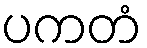
ပကတံ